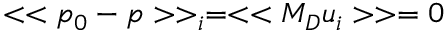
< < p _ { 0 } - p > > _ { i } = < < M _ { D } u _ { i } > > = 0